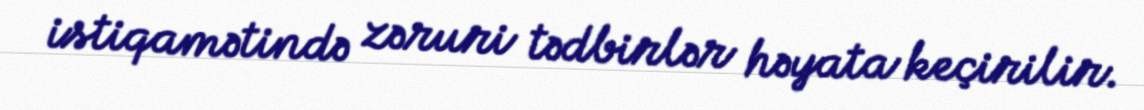
istiqamətində zəruri tədbirlər həyata keçirilir.